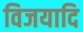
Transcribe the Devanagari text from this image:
विजयादि